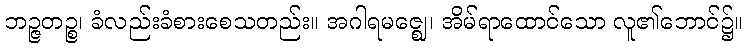
ဘဉ္ဇတဉ္စ၊ ခံလည်းခံစားစေသတည်း။ အဂါရမဇ္ဈေ၊ အိမ်ရာထောင်သော လူ၏ဘောင်၌။